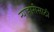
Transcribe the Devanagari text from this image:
न्याहारीसाठी